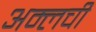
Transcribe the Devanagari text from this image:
अम्लची